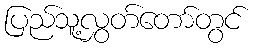
ပြည်သူ့လွှတ်တော်တွင်